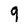
Character: 9